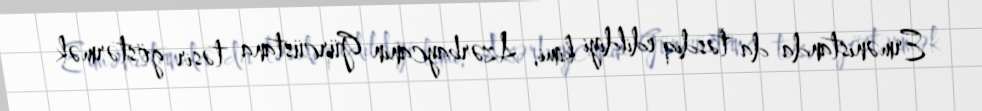
Ermənistanda da təsdiq edildiyi kimi, Azərbaycanın Gürcüstana təsir göstərmək